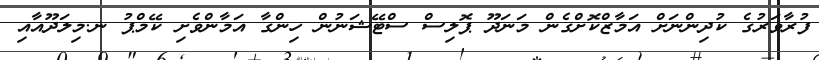
ފުރާވަރުގެ ކުދިންނަށް އަމާޒްކޮށްގެން މަނަދޫ ޕޮލިސް ސްޓޭޝަނުން ހިންގާ އަމާންވެށި ކޭމްޕު ނ.މިލަދޫއާއި